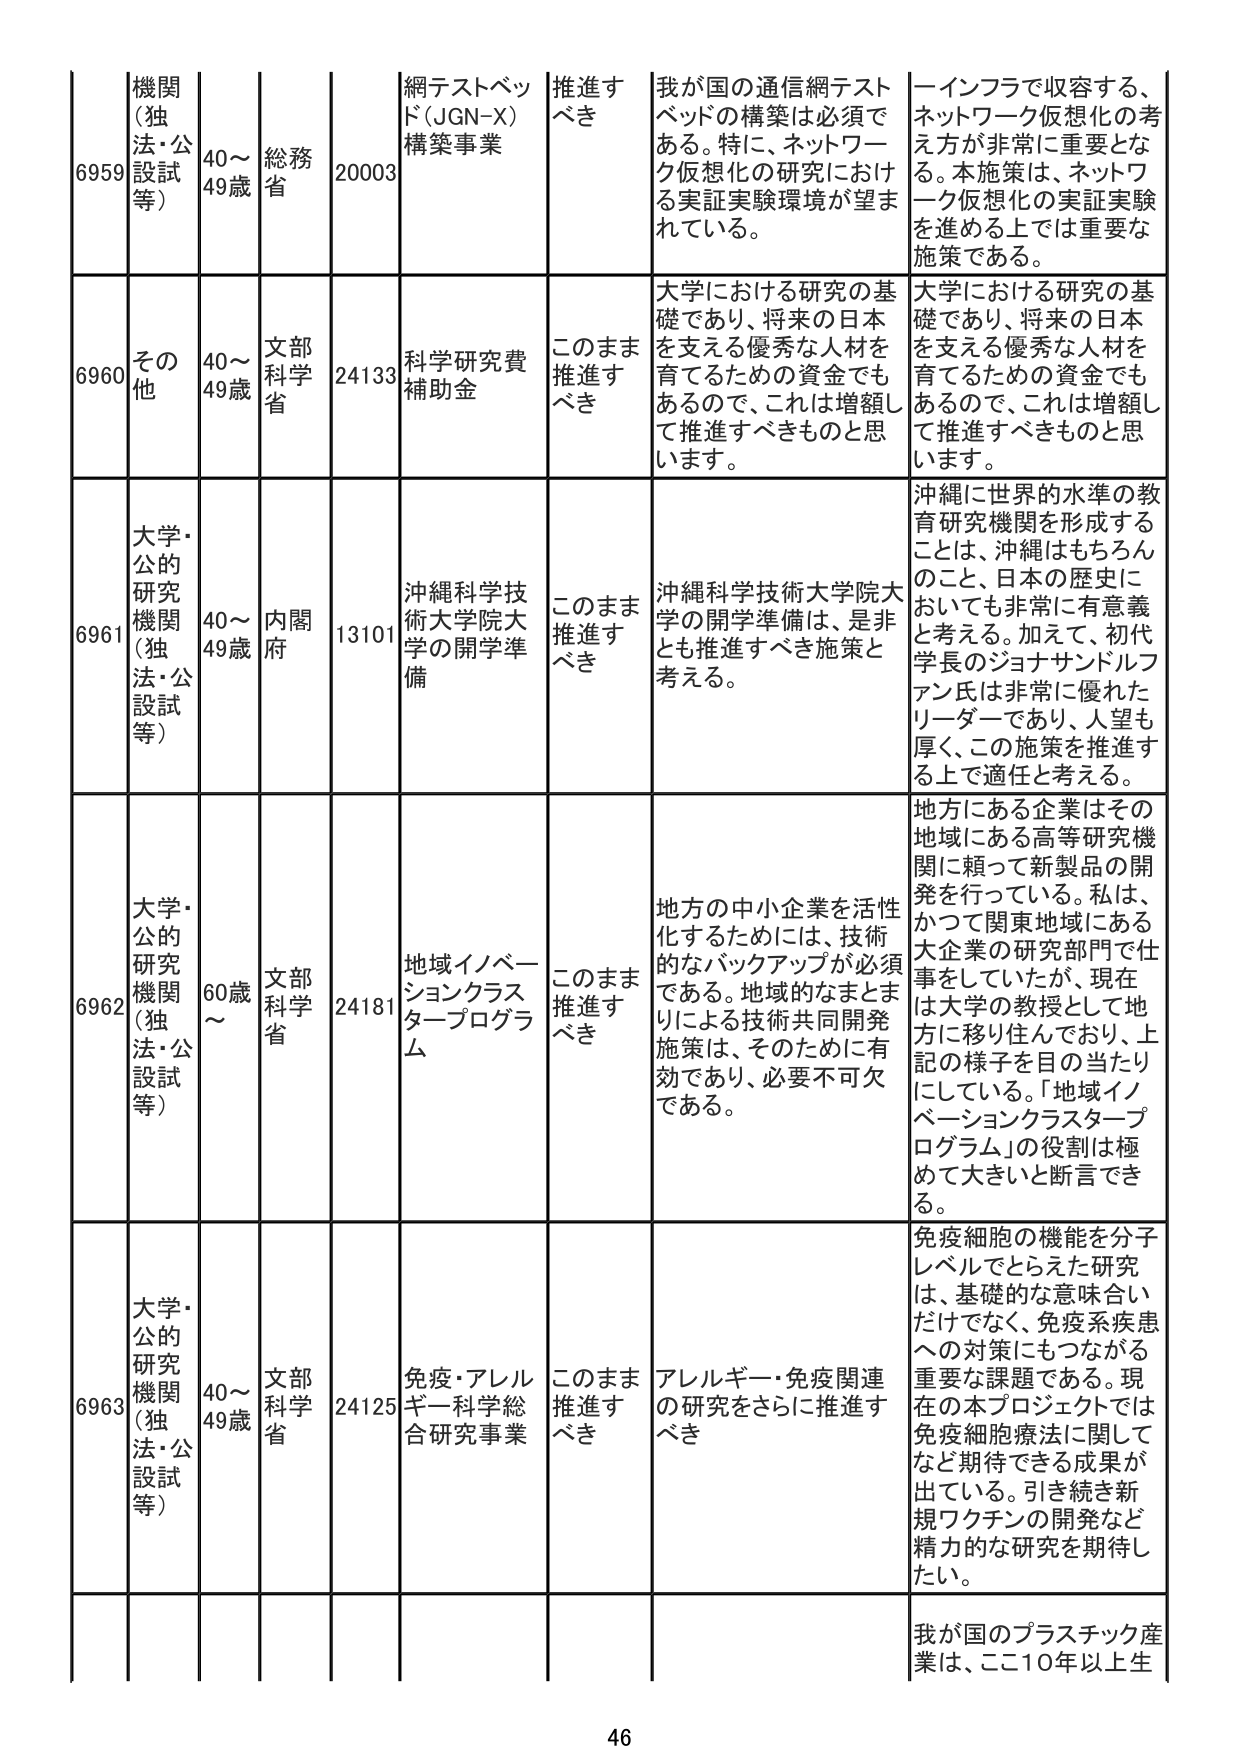
6959 機関（独法・公設試等） 40～49歳 総務省 20003 網テストベッド（JGN-X）構築事業 推進すべき 我が国の通信網テストベッドの構築は必須である。特に、ネットワーク仮想化の研究における実証実験環境が望まれている。 一インフラで収容する、ネットワーク仮想化の考え方が非常に重要となる。本施策は、ネットワーク仮想化の実証実験を進める上では重要な施策である。

6960 その他 40～49歳 文部科学省 24133 科学研究費補助金 このまま推進すべき 大学における研究の基礎であり、将来の日本を支える優秀な人材を育てるための資金でもあるので、これは増額して推進すべきものと思います。 大学における研究の基礎であり、将来の日本を支える優秀な人材を育てるための資金でもあるので、これは増額して推進すべきものと思います。

6961 大学・公的研究機関（独法・公設試等） 40～49歳 内閣府 13101 沖縄科学技術大学院大学の開学準備 このまま推進すべき 沖縄科学技術大学院大学の開学準備は、是非とも推進すべき施策と考える。 沖縄に世界の水準の教育研究機関を形成することは、沖縄はもちろんのこと、日本の歴史においても非常に有意義と考える。加えて、初代学長のジョナサンドルフアン氏は非常に優れたリーダーであり、人望も厚く、この施策を推進する上で適任と考える。

6962 大学・公的研究機関（独法・公設試等） 60歳～ 文部科学省 24181 地域イノベーションクラスタープログラム このまま推進すべき 地方の中小企業を活性化するためには、技術的なバックアップが必須である。地域のなまともりによる技術共同開発施策は、そのために有効であり、必要不可欠である。 地方にある企業はその地域にある高等研究機関に頼って新製品の開発を行っている。私は、かつて関東地域にある大企業の研究部門で仕事をしていたが、現在は大学の教授として地方に移り住んでおり、上記の様子を目の当たりにしている。「地域イノベーションクラスタープログラム」の役割は極めて大きいと断言できる。

6963 大学・公的研究機関（独法・公設試等） 40～49歳 文部科学省 24125 免疫・アレルギー科学総合研究事業 このまま推進すべき アレルギー・免疫関連の研究をさらに推進すべき 免疫細胞の機能を分子レベルでとらえた研究は、基礎的な意味合いだけでなく、免疫系疾患への対策にもつながる重要な課題である。現在の本プロジェクトでは免疫細胞療法に関してなど期待できる成果が出ている。引き続き新規ワクチンの開発など精力的な研究を期待したい。

我が国のプラスチック産業は、ここ10年以上生

46